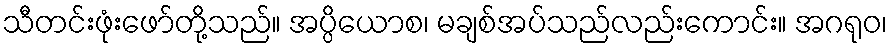
သီတင်းဖုံးဖော်တို့သည်။ အပ္ပိယောစ၊ မချစ်အပ်သည်လည်းကောင်း။ အဂရုဝ၊